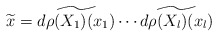
\begin{align*} \widetilde{x}=\widetilde{d\rho(X_1)(x_{1})}\cdots \widetilde{d\rho(X_l)(x_{l})}\end{align*}